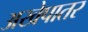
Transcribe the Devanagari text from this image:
अखेपातर